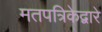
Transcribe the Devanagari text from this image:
मतपत्रिकेद्वारे